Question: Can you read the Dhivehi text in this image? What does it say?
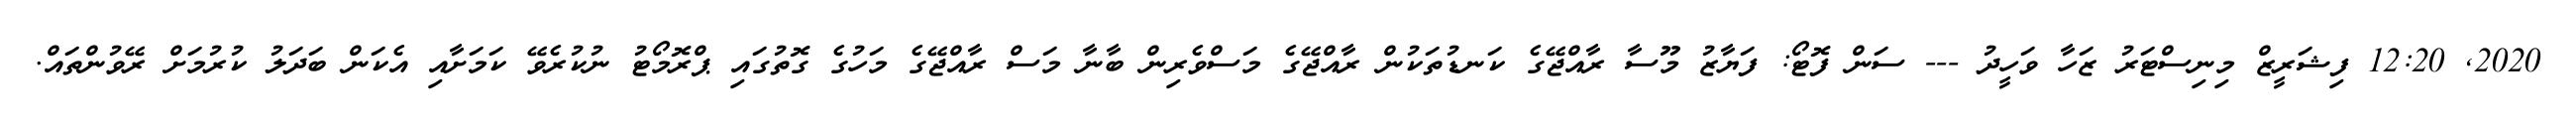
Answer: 2020, 12:20 ފިޝަރީޒް މިނިސްޓަރު ޒަހާ ވަހީދު --- ސަން ފޮޓޯ: ފަޔާޒު މޫސާ ރާއްޖޭގެ ކަނޑުތަކުން ރާއްޖޭގެ މަސްވެރިން ބާނާ މަސް ރާއްޖޭގެ މަހުގެ ގޮތުގައި ޕްރޮމޯޓު ނުކުރެވޭ ކަމަށާއި އެކަން ބަދަލު ކުރުމަށް ރޭވުންތައް.